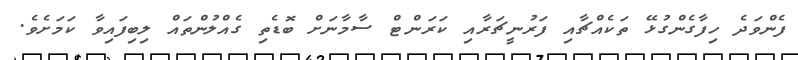
ފެންވަދެ ހިފާގެންގުޅޭ ތަކެއްޗާއި ފަރުނީޗަރާއި ކަރަންޓް ސާމާނަށް ބޮޑެތި ގެއްލުންތައް ލިބިފައިވާ ކަމަށެވެ.